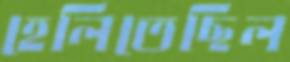
হেলিতেছিল